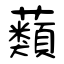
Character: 蘱